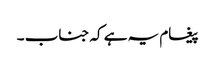
پیغام یہ ہے کہ جناب ۔